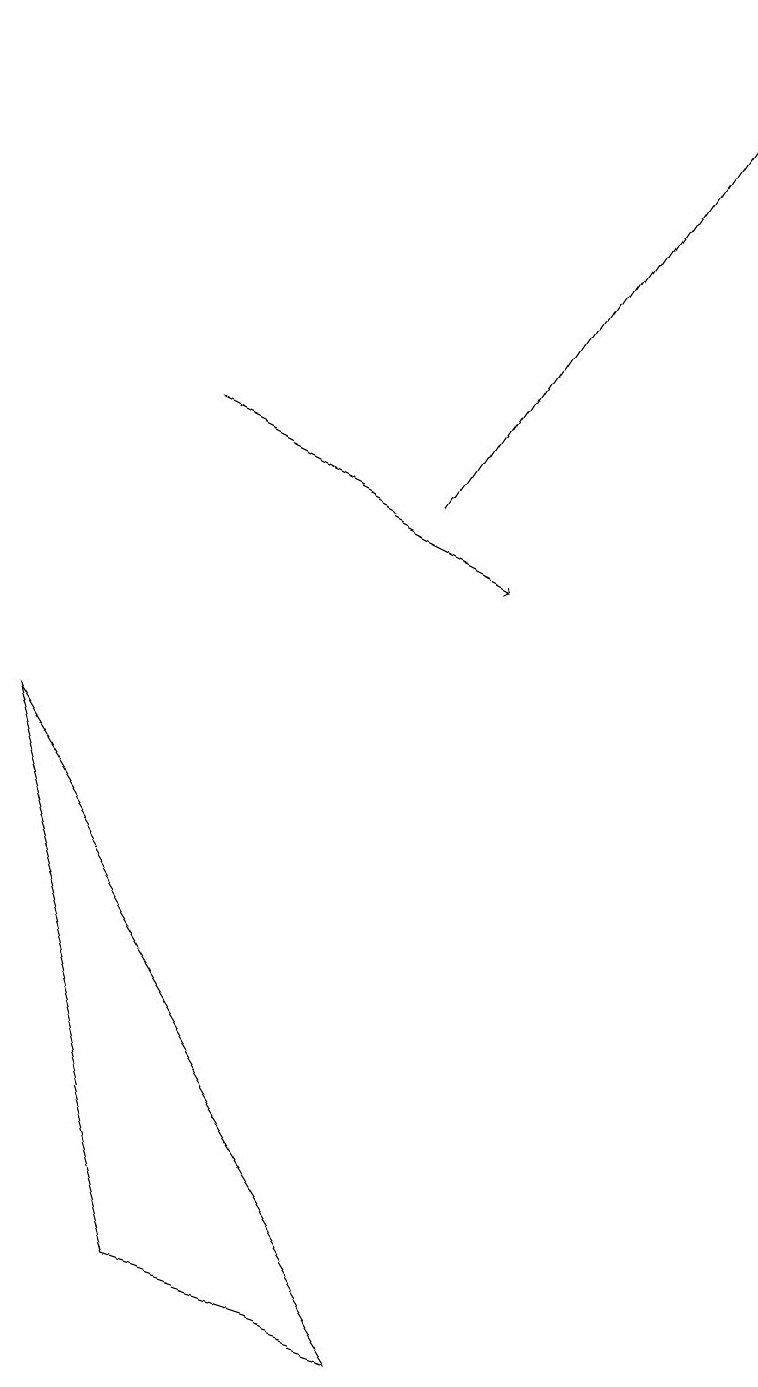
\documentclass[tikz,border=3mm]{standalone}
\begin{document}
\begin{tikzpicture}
\draw[->] (5,11) -- (9,17);
\draw[->] (2,12) -- (6,10);
\draw (2,1) -- (0,8) -- (5,0) -- cycle;
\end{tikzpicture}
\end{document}